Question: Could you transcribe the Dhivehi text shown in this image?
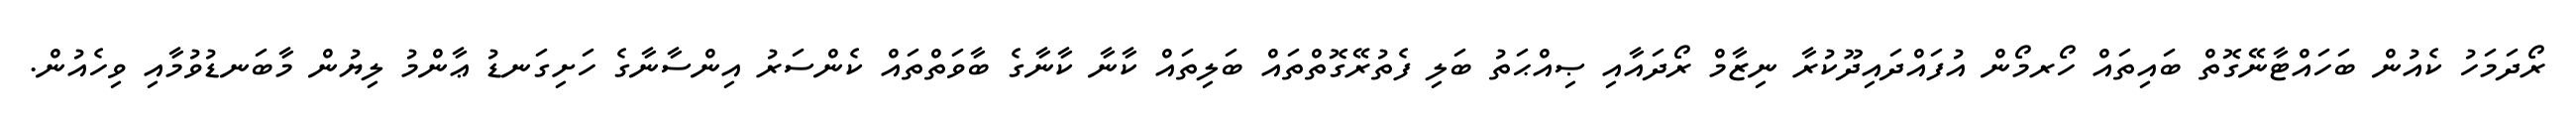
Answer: ރޯދަމަހު ކެއުން ބަހައްޓާނޭގޮތް ބައިތައް ހޯރމޯން އުފައްދައިދޫކުރާ ނިޒާމް ރޯދައާއި ޞިއްޙަތު ބަލި ފެތުރޭގޮތްތައް ބަލިތައް ކާނާ ކާނާގެ ބާވަތްތައް ކެންސަރު އިންސާނާގެ ހަށިގަނޑު ޢާންމު ލިޔުން މާބަނޑުވުމާއި ވިހެއުން.